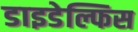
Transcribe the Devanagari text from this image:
डाइडेल्फिस